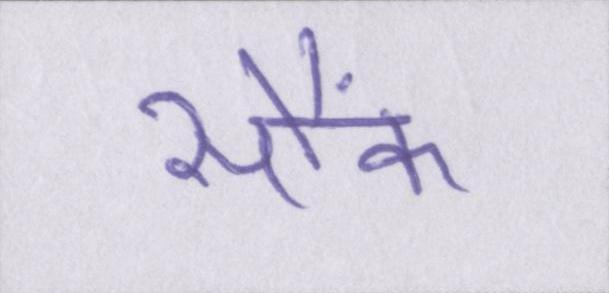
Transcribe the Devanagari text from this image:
सौंफ